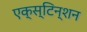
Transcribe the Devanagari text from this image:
एक्स्टिन्शन